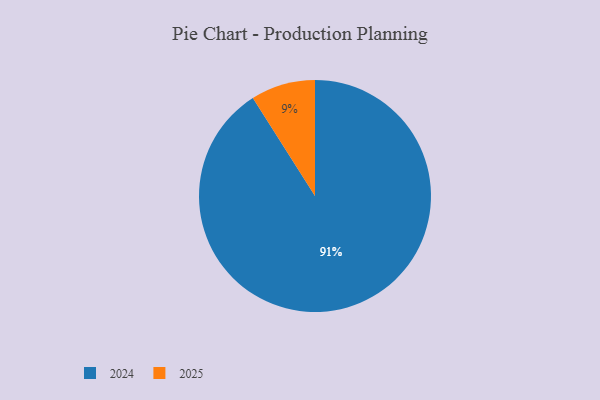
{"axis": {"x": "Category", "y": "Percentage"}, "legend": ["2024", "2025"], "data": [{"x": "2025", "y": 9, "type": "2025"}, {"x": "2024", "y": 91, "type": "2024"}]}